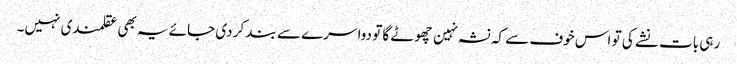
رہی بات نشے کی تو اس خوف سے کہ نشہ نہین چھوٹے گا تو دوا سرے سے بند کر دی جائے یہ بھی عقلمندی نہیں۔